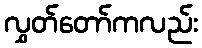
လွှတ်တော်ကလည်း